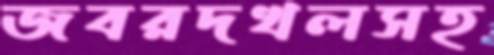
জবরদখলসহ